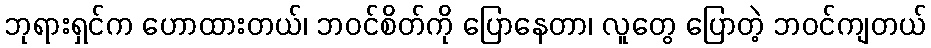
ဘုရားရှင်က ဟောထားတယ်၊ ဘဝင်စိတ်ကို ပြောနေတာ၊ လူတွေ ပြောတဲ့ ဘဝင်ကျတယ်